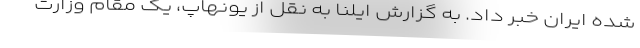
شده ایران خبر داد. به گزارش ایلنا به نقل از یونهاپ، یک مقام وزارت